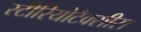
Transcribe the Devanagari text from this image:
स्टीरियोटैक्सीस